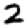
Digit: 2